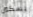
بسكين